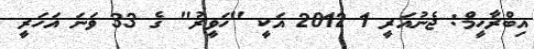
އިބްރާހީމް: ޖެނުއަރީ 1 2012 އަކީ "ހަވީރު" ގެ 33 ވަނަ އަހަރީ